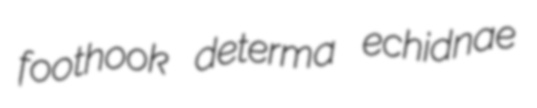
foothook determa echidnae